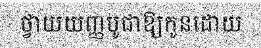
ថ្វាយយញ្ញបូជាឱ្យកូនដោយ